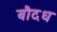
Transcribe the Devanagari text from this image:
बौदध